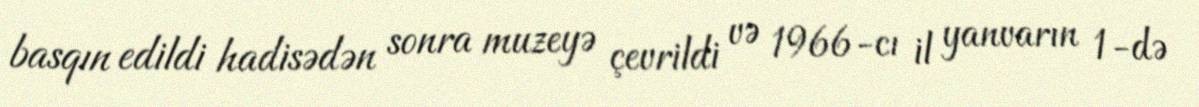
basqın edildi hadisədən sonra muzeyə çevrildi və 1966-cı il yanvarın 1-də